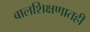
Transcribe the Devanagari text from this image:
बालशिक्षणातही